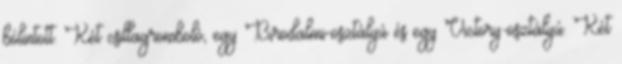
bólintott. Két csillagromboló, egy Birodalmi-osztályú és egy Victory-osztályú. Két